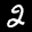
Label: 2